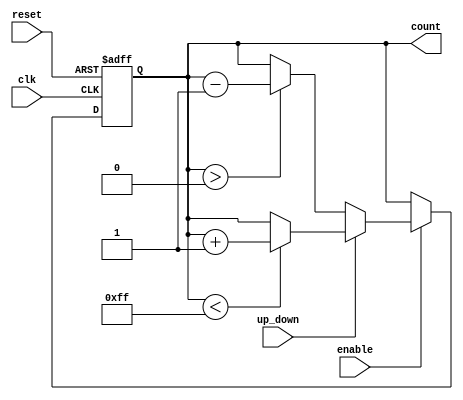
module UpDownCounter (
    input wire clk,          // Clock signal
    input wire reset,        // Asynchronous reset signal
    input wire enable,       // Count enable signal
    input wire up_down,      // Control signal (1 for up, 0 for down)
    output reg [7:0] count   // Current count value (8-bit counter)
);

    // Maximum count value (for an 8-bit counter, max is 255)
    parameter MAX_COUNT = 8'hFF; // 255 in decimal
    parameter MIN_COUNT = 8'h00;  // 0 in decimal

    // Asynchronous reset and counting logic
    always @(posedge clk or posedge reset) begin
        if (reset) begin
            count <= MIN_COUNT; // Reset count to zero
        end else if (enable) begin
            if (up_down) begin
                // Increment logic
                if (count < MAX_COUNT) begin
                    count <= count + 1;
                end
            end else begin
                // Decrement logic
                if (count > MIN_COUNT) begin
                    count <= count - 1;
                end
            end
        end
    end

endmodule